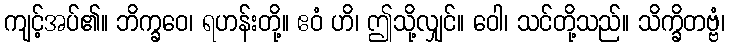
ကျင့်အပ်၏။ ဘိက္ခဝေ၊ ရဟန်းတို့။ ဧဝံ ဟိ၊ ဤသို့လျှင်။ ဝေါ၊ သင်တို့သည်။ သိက္ခိတဗ္ဗံ၊